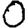
Digit: 0